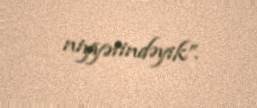
niyyətindəyik”.